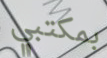
بمكتبي